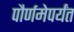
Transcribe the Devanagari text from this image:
पौर्णमेपर्यंत